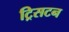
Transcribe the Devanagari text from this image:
ट्रिसटन